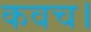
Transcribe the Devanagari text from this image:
कवच।